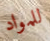
للمواد